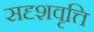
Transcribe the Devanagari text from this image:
सदृशवृत्ति